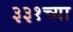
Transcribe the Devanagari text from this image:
३३१च्या